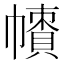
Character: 𢅙